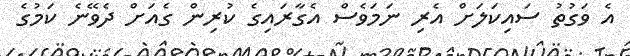
އެ ވަގުތު ސައިކަލަށް އެރި ނަމަވެސް އެގާރައިގެ ކުރިން ގެއަށް ދެވޭނެ ކަމުގެ